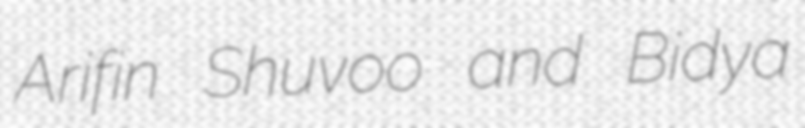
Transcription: Arifin Shuvoo and Bidya